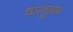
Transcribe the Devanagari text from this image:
चालूक्य